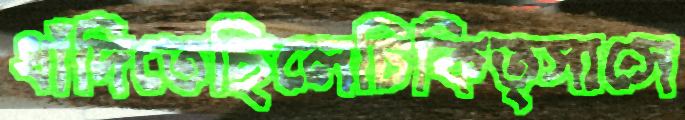
ধাঁদিতেছিলেচিকিত্সাসে